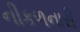
નીકળનારી